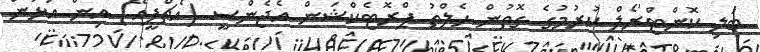
ބަލި ކޮންޓްރޯލް ކުރުމުގެ ގޮތުން ހެލްތު ޕްރޮޓެކްޝަން އެޖެންސީ (އެޗްޕީއޭ) އިން އަޅަން